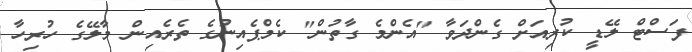
ފަސްޓް ލޭޑީ ކުރިއަށް ގެންދަވާ "އެންމެ ގާތުން" ކެމްޕެއިނުގެ ތެރެއިން މާލޭގެ ހުރިހާ